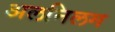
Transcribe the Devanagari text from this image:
अलनिलम